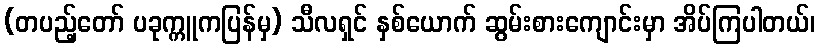
(တပည့်တော် ပခုက္ကူကပြန်မှ) သီလရှင် နှစ်ယောက် ဆွမ်းစားကျောင်းမှာ အိပ်ကြပါတယ်၊